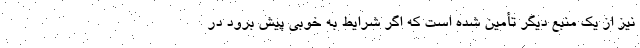
نیز از یک منبع دیگر تأمین شده است که اگر شرایط به خوبی پیش برود در